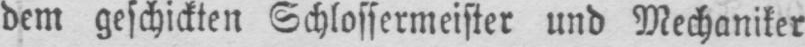
dem geschickten Schlossermeister und Mechaniker